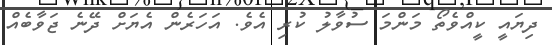
ދިޔައީ ކީއްވެތޯ މަންމަ ސުވާލު ކުރި އެވެ. އަހަރެން އެޔަށް ދޭނެ ޖަވާބެއް